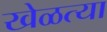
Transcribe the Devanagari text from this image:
खेळत्या